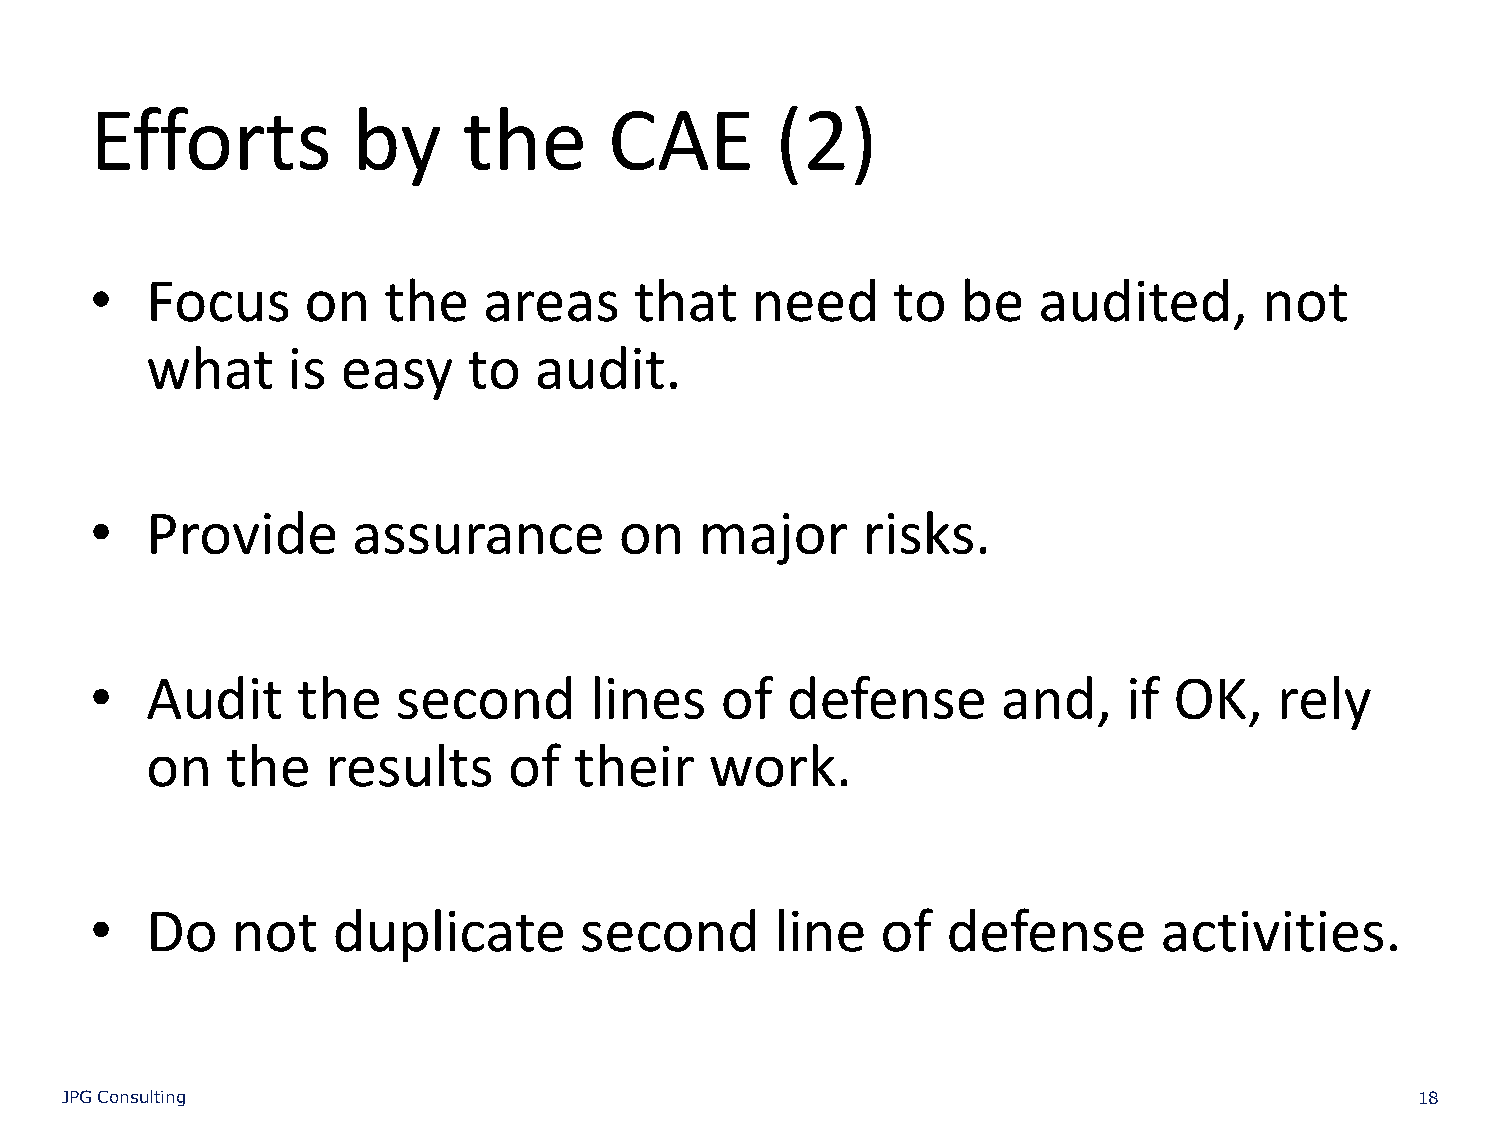
Efforts          by      the      CAE        (2)
 •   Focus     on   the    areas     that    need     to   be   audited,       not
 what     is  easy    to  audit.
 •   Provide      assurance         on   major      risks.
 •   Audit     the   second       lines    of  defense       and,     if OK,    rely
 on   the    results     of  their    work.
 •   Do   not    duplicate       second       line   of   defense       activities.
 JPG Consulting                                                                            18